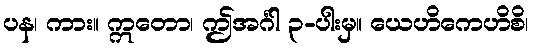
ပန၊ ကား။ ဣတော၊ ဤအင်္ဂါ ၃-ပါးမှ။ ယေဟိကေဟိစိ၊